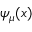
\psi _ { \mu } ( x )